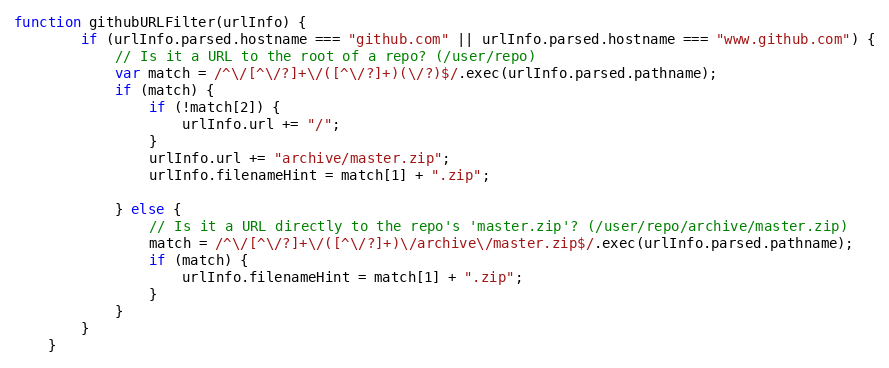
Language: JavaScript
function githubURLFilter(urlInfo) {
        if (urlInfo.parsed.hostname === "github.com" || urlInfo.parsed.hostname === "www.github.com") {
            // Is it a URL to the root of a repo? (/user/repo)
            var match = /^\/[^\/?]+\/([^\/?]+)(\/?)$/.exec(urlInfo.parsed.pathname);
            if (match) {
                if (!match[2]) {
                    urlInfo.url += "/";
                }
                urlInfo.url += "archive/master.zip";
                urlInfo.filenameHint = match[1] + ".zip";

            } else {
                // Is it a URL directly to the repo's 'master.zip'? (/user/repo/archive/master.zip)
                match = /^\/[^\/?]+\/([^\/?]+)\/archive\/master.zip$/.exec(urlInfo.parsed.pathname);
                if (match) {
                    urlInfo.filenameHint = match[1] + ".zip";
                }
            }
        }
    }